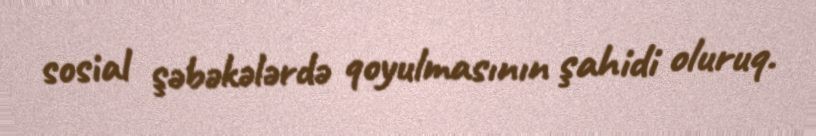
sosial şəbəkələrdə qoyulmasının şahidi oluruq.